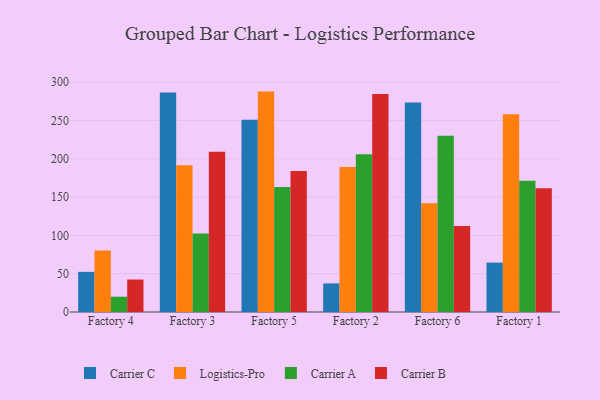
{"axis": {"x": "Factory", "y": "Shipments"}, "legend": ["Carrier A", "Carrier B", "Carrier C", "Logistics-Pro"], "data": [{"x": "Factory 4", "y": 52.4, "type": "Carrier C"}, {"x": "Factory 4", "y": 80.2, "type": "Logistics-Pro"}, {"x": "Factory 4", "y": 20.0, "type": "Carrier A"}, {"x": "Factory 4", "y": 42.4, "type": "Carrier B"}, {"x": "Factory 3", "y": 286.4, "type": "Carrier C"}, {"x": "Factory 3", "y": 191.4, "type": "Logistics-Pro"}, {"x": "Factory 3", "y": 102.4, "type": "Carrier A"}, {"x": "Factory 3", "y": 209.2, "type": "Carrier B"}, {"x": "Factory 5", "y": 251.0, "type": "Carrier C"}, {"x": "Factory 5", "y": 287.7, "type": "Logistics-Pro"}, {"x": "Factory 5", "y": 163.1, "type": "Carrier A"}, {"x": "Factory 5", "y": 183.9, "type": "Carrier B"}, {"x": "Factory 2", "y": 37.3, "type": "Carrier C"}, {"x": "Factory 2", "y": 189.2, "type": "Logistics-Pro"}, {"x": "Factory 2", "y": 205.9, "type": "Carrier A"}, {"x": "Factory 2", "y": 284.5, "type": "Carrier B"}, {"x": "Factory 6", "y": 273.5, "type": "Carrier C"}, {"x": "Factory 6", "y": 141.9, "type": "Logistics-Pro"}, {"x": "Factory 6", "y": 230.1, "type": "Carrier A"}, {"x": "Factory 6", "y": 112.1, "type": "Carrier B"}, {"x": "Factory 1", "y": 64.5, "type": "Carrier C"}, {"x": "Factory 1", "y": 258.1, "type": "Logistics-Pro"}, {"x": "Factory 1", "y": 171.2, "type": "Carrier A"}, {"x": "Factory 1", "y": 161.6, "type": "Carrier B"}]}